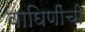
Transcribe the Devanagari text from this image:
वाघिणींची